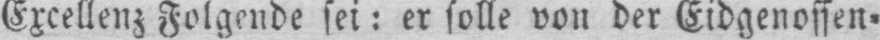
Excellenz Folgende sei: er solle von der Eidgenossen⸗